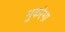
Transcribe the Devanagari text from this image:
मुकरेगा